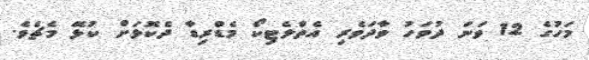
މަހުގެ 12 ވަނަ ދުވަހު ވާދަވެރި އެތްލެޓިކޯ މެޑްރިޑާ ދެކޮޅަށް ކުޅޭ މެޗެވެ.